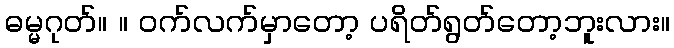
ဓမ္မဂုတ်။ ။ ဝက်လက်မှာတော့ ပရိတ်ရွတ်တော့ဘူးလား။